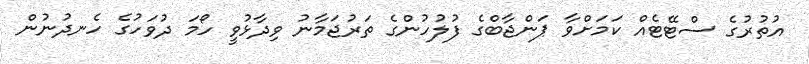
އުތުރުގެ ސްޓޭޓެއް ކަމަށްވާ ޕަންޖާބްގެ ފުލުހުންގެ ތަރުޖަމާނު ވިދާޅުވީ ހޯމަ ދުވަހުގެ ހެނދުނުން